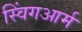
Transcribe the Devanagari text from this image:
स्विंगआर्म